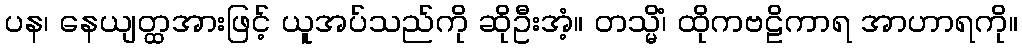
ပန၊ နေယျတ္ထအားဖြင့် ယူအပ်သည်ကို ဆိုဦးအံ့။ တသ္မိံ၊ ထိုကဗဠိကာရ အာဟာရကို။